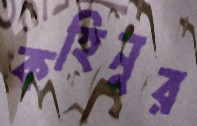
কহিনুর